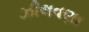
ઝીલવણા